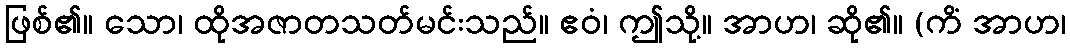
ဖြစ်၏။ သော၊ ထိုအဇာတသတ်မင်းသည်။ ဧဝံ၊ ဤသို့။ အာဟ၊ ဆို၏။ (ကိံ အာဟ၊